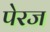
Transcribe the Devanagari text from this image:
पेरज